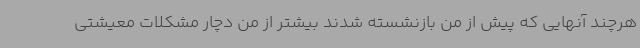
هرچند آنهایی که پیش از من بازنشسته شدند بیشتر از من دچار مشکلات معیشتی